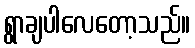
ရွာချပါလေတော့သည်။